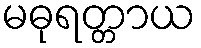
မဓုရတ္တာယ